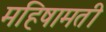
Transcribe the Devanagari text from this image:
महिषामती